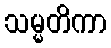
သမ္မတိကာ